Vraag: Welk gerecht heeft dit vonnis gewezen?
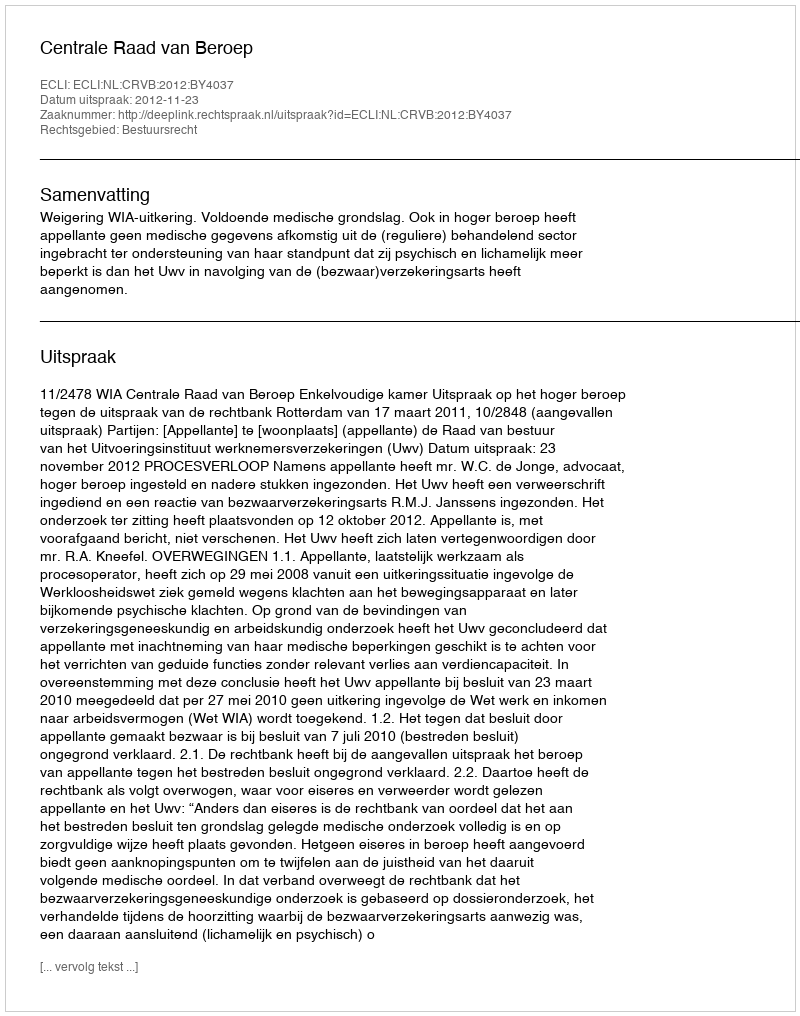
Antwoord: Centrale Raad van Beroep